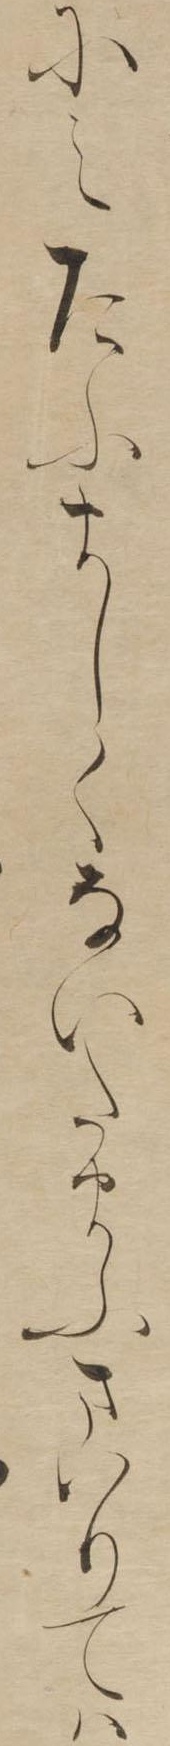
にえたふましくないたまふまいりては